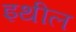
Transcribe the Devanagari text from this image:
इथील